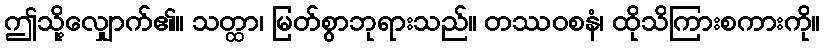
ဤသို့လျှောက်၏။ သတ္ထာ၊ မြတ်စွာဘုရားသည်။ တဿဝစနံ၊ ထိုသိကြားစကားကို။